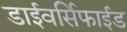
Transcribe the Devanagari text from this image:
डाईवर्सिफाईड